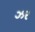
ઝર